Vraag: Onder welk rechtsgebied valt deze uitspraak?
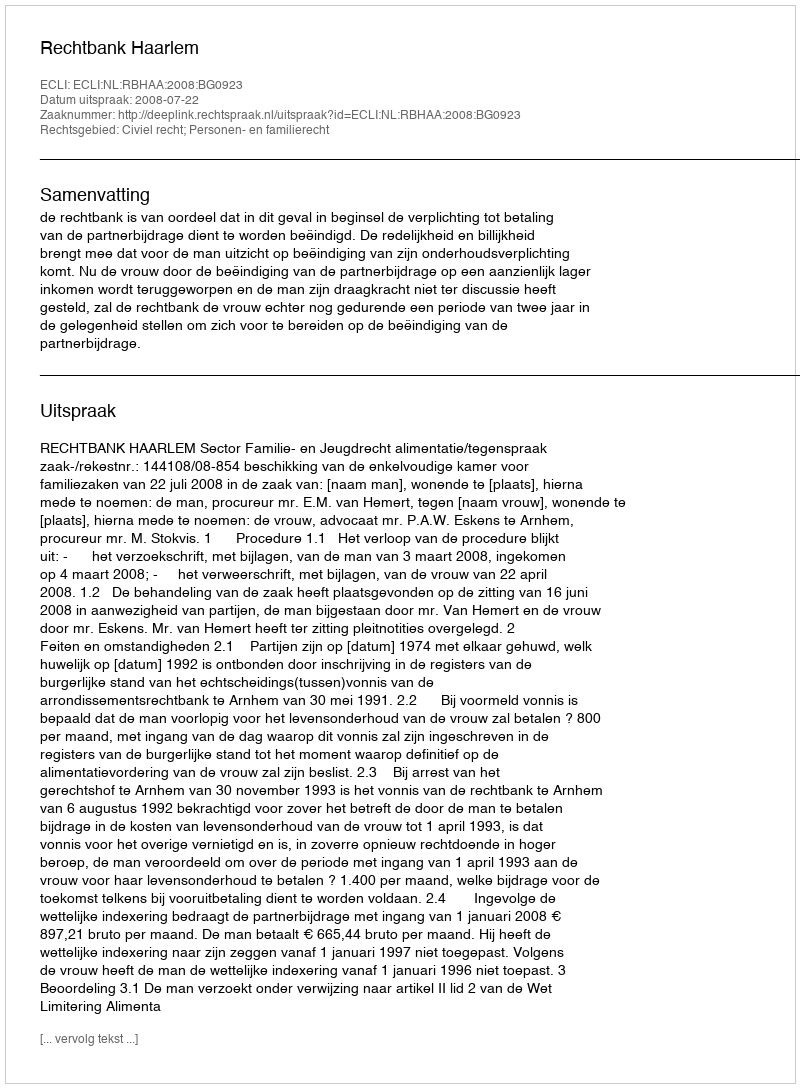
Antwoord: Civiel recht; Personen- en familierecht